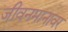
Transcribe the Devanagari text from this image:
जीवनमानावर